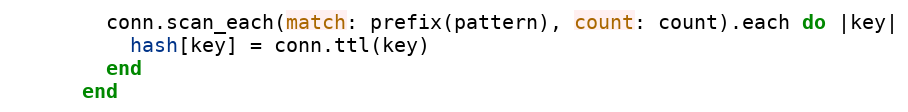
Language: Ruby
        conn.scan_each(match: prefix(pattern), count: count).each do |key|
          hash[key] = conn.ttl(key)
        end
      end